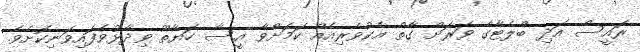
ރައީސް އަދި ބްލެޓާގެ ވަރަށް ގާތް އެކުވެރިއެއް ކަމަށްވާ އީސާ ހަޔާތޫ ވިދާޅުވެފައިވަނިކޮށެވެ.